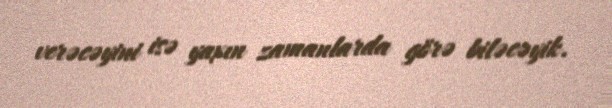
verəcəyini isə yaxın zamanlarda görə biləcəyik.